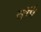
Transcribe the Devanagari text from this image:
वॉर्प